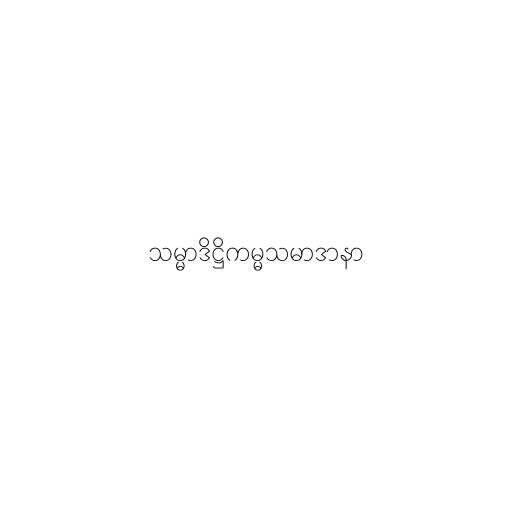
သမ္မာဒိဋ္ဌိကမ္မသမာဒာနာ